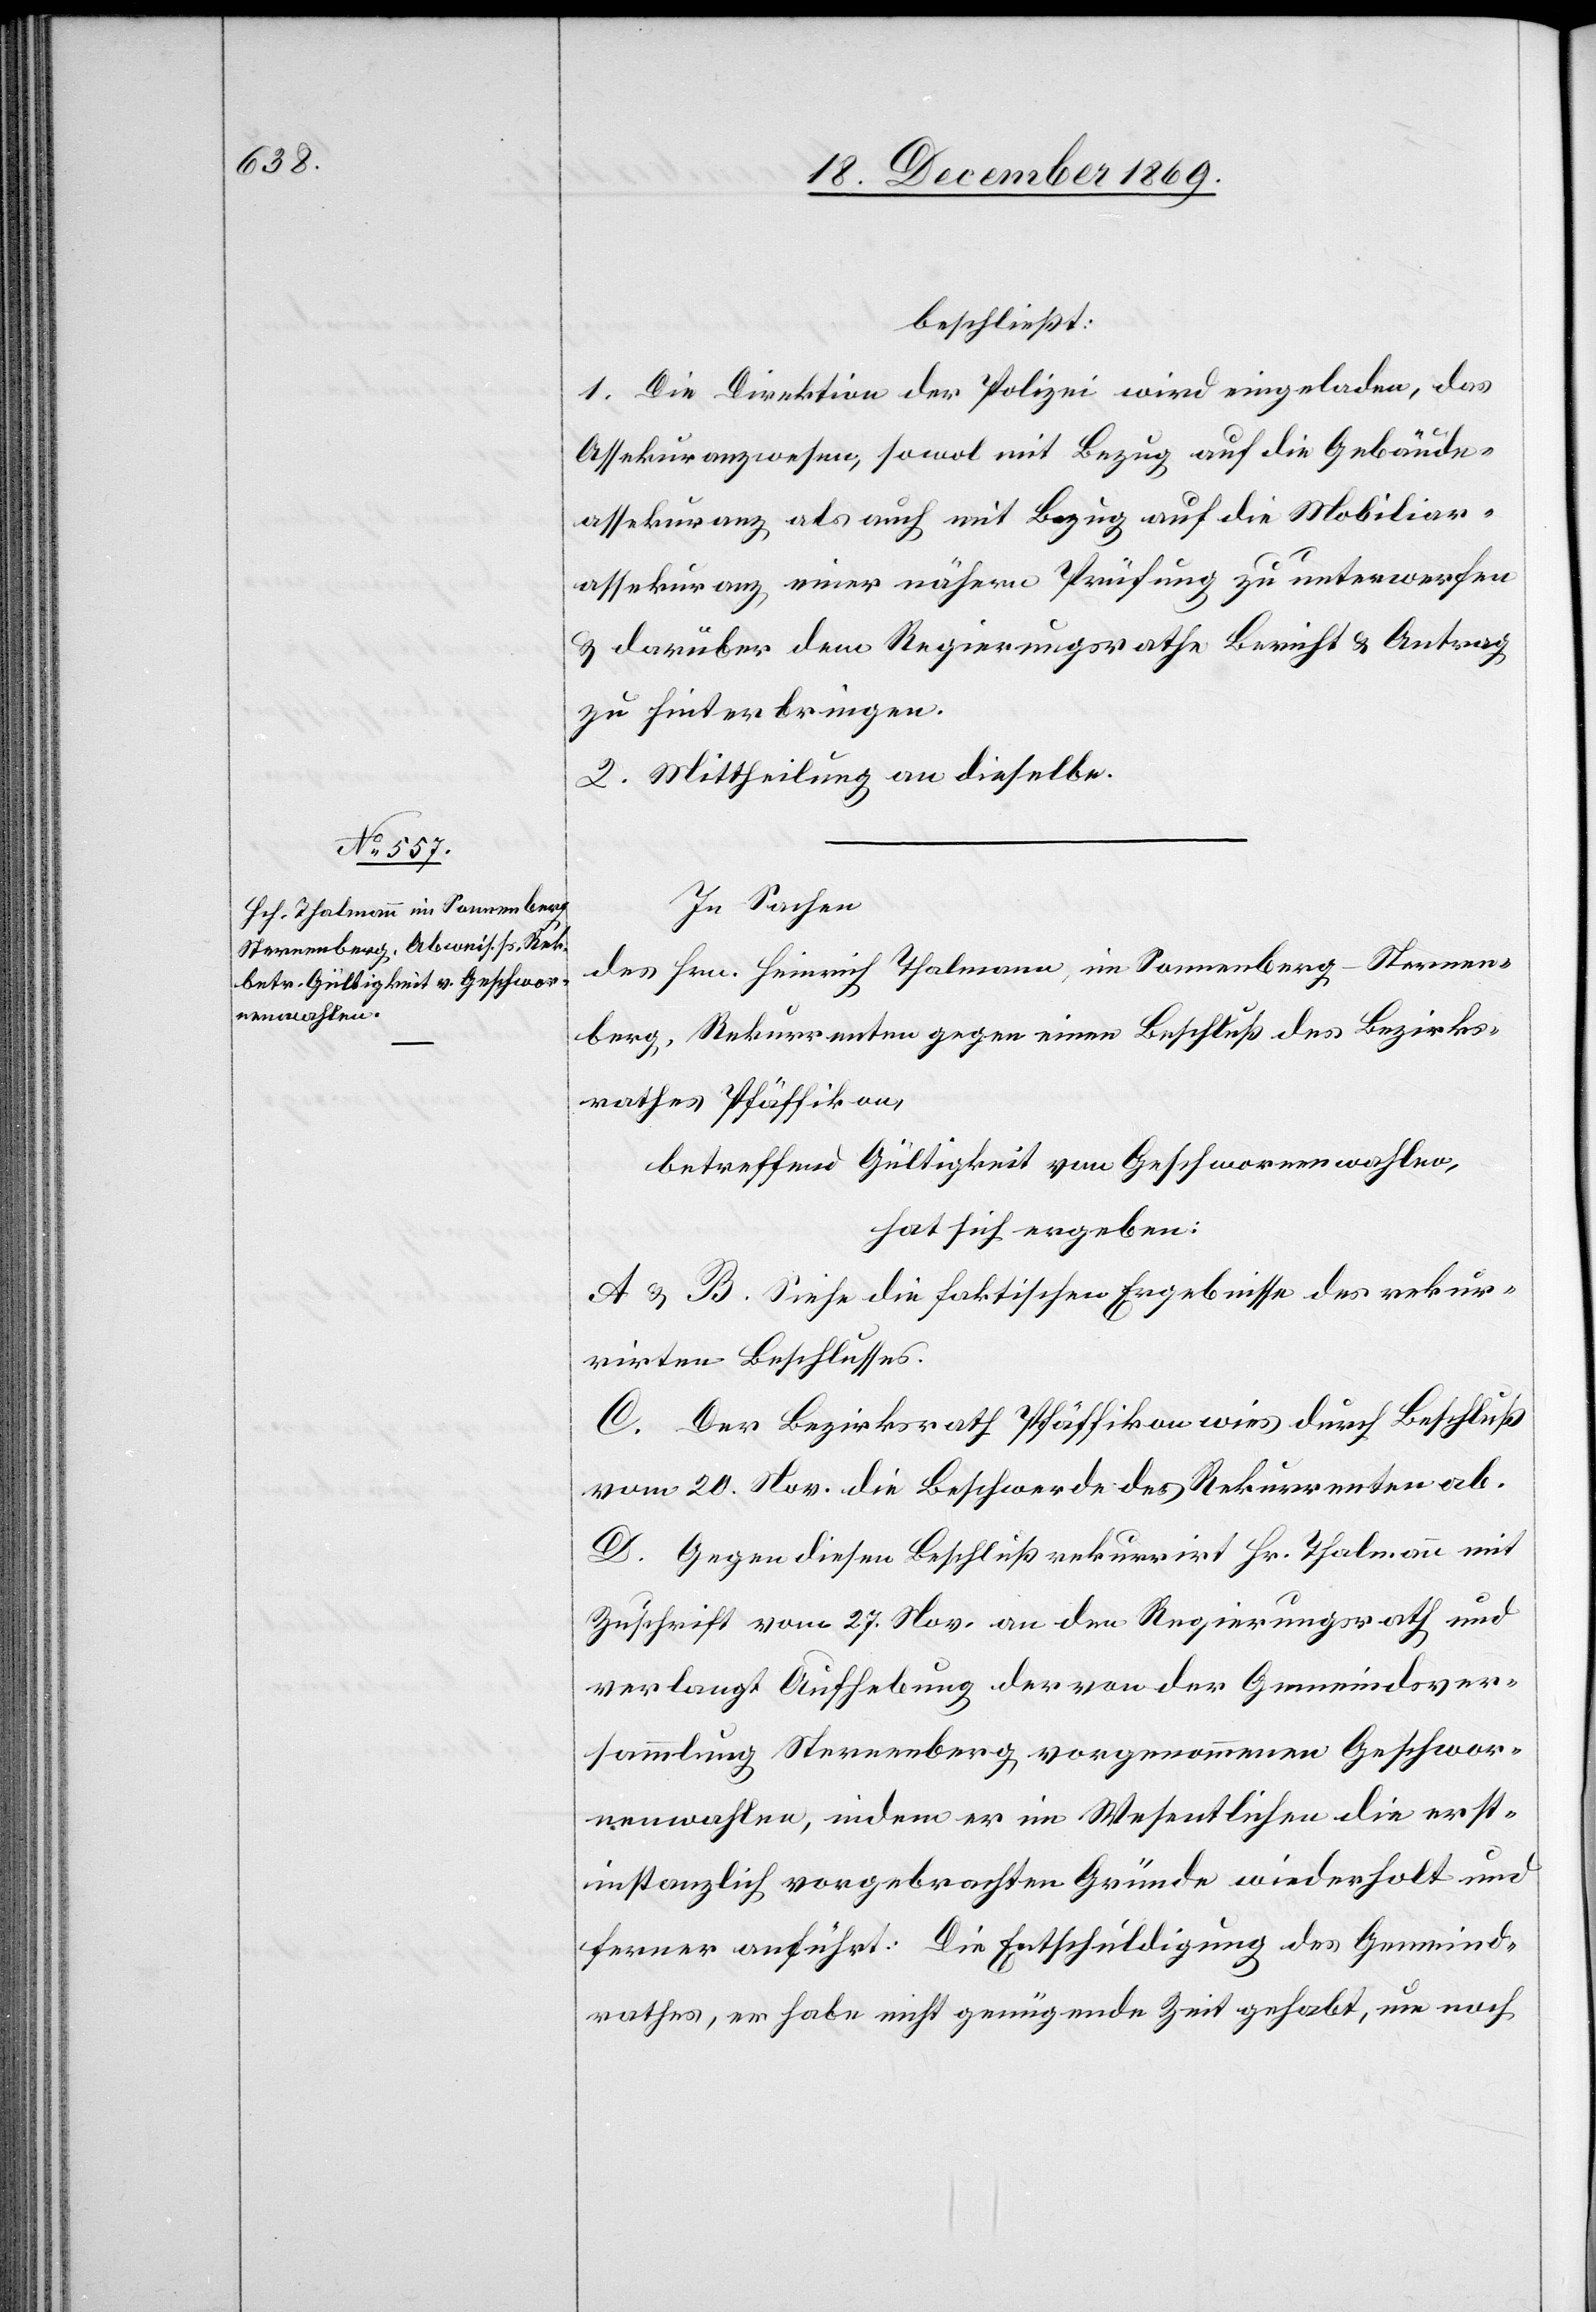
beschließt:
1. Die Direktion der Polizei wird eingeladen, das
Assekuranzwesen, sowol mit Bezug auf die Gebäude¬
assekuranz als auch mit Bezug auf die Mobiliar¬
assekuranz einer nähern Prüfung zu unterwerfen
& darüber dem Regierungsrathe Bericht & Antrag
zu hinterbringen.
2. Mittheilung an dieselbe.
In Sachen
des Hrn. Heinrich Thalmann, im Sonnenberg - Sternen¬
berg, Rekurrenten gegen einen Beschluß des Bezirks¬
rathes Pfäffikon,
betreffend Gültigkeit von Geschwornenwahlen,
hat sich ergeben:
A & B. Siehe die faktischen Ergebnisse des rekur¬
rirten Beschlusses.
C. Der Bezirksrath Pfäffikon wies durch Beschluß
vom 20. Nov. die Beschwerde des Rekurrenten ab.
D. Gegen diesen Beschluß rekurrirt Hr. Thalmann mit
Zuschrift vom 27. Nov. an den Regierungsrath und
verlangt Aufhebung der von der Gemeindsver¬
sammlung Sternenberg vorgenommenen Geschwor¬
nenwahlen, indem er im Wesentlichen die erst¬
instanzlich vorgebrachten Gründe wiederholt und
ferner anführt: Die Entschuldigung des Gemeind¬
rathes, er habe nicht genügende Zeit gehabt, um noch